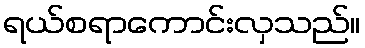
ရယ်စရာကောင်းလှသည်။